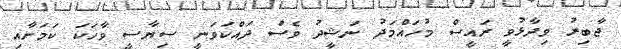
ޖާބިރު ވިދާޅުވީ ރައީސް މުހައްމަދު ނަޝީދު ވެސް ދައްކަވަނީ ސިޔާސީ ވާހަކަ ކަމަށާއި